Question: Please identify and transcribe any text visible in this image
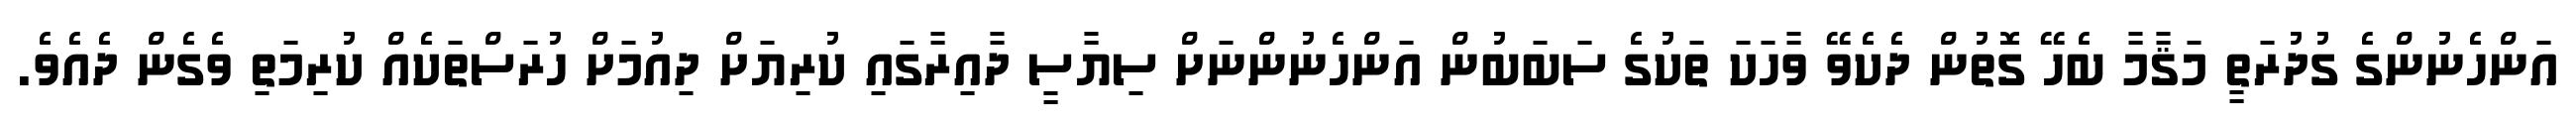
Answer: އަންހެނުންގެ ގުދުރަތީ މަޤާމާ ބެހޭ ގޮތުން ދެކެވޭ ވާހަކަ ތަކުގެ ސަބަބުން އަންހެނުންނަށް ސިޔާސީ ދާއިރާގައި ކުރިޔަށް ދިއުމަށް ހުރަސްތަކެއް ކުރިމަތި ވެގެން ދެއެވެ.